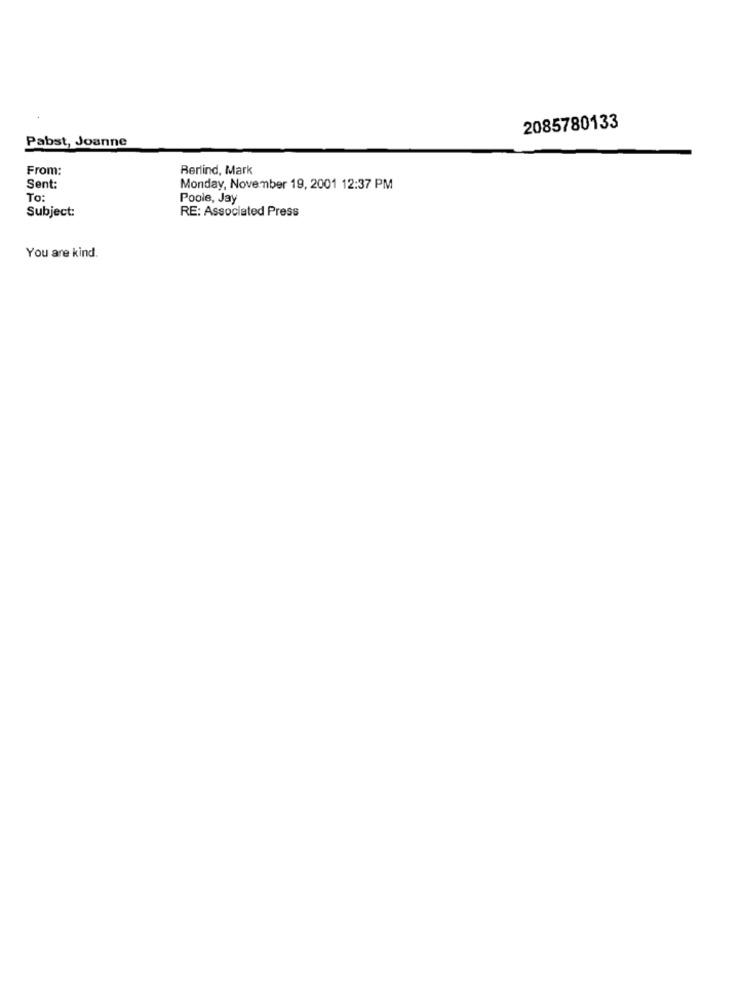
2085780133
Pabst, Joanne
From:
Berlind, Mark
Sent:
Monday, November 19, 2001 12:37 PM
To:
Poole, Jay
Subject:
RE: Associated Press
You are kind.